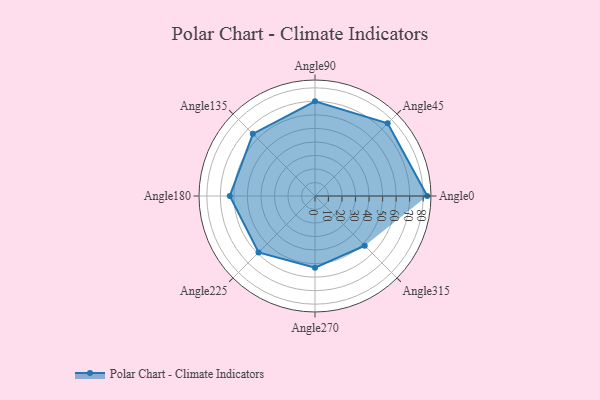
{"axis": {"x": "Angle", "y": "Radius"}, "legend": [""], "data": [{"x": "Angle0", "y": 83.0, "type": ""}, {"x": "Angle45", "y": 76.0, "type": ""}, {"x": "Angle90", "y": 70.0, "type": ""}, {"x": "Angle135", "y": 65.0, "type": ""}, {"x": "Angle180", "y": 63.0, "type": ""}, {"x": "Angle225", "y": 59.0, "type": ""}, {"x": "Angle270", "y": 53.0, "type": ""}, {"x": "Angle315", "y": 52.0, "type": ""}]}